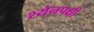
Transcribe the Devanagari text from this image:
श्येनपक्षी